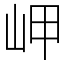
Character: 岬